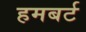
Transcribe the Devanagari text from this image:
हमबर्ट